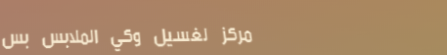
مركز لغسيل وكي الملابس بس